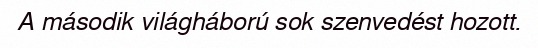
A második világháború sok szenvedést hozott.